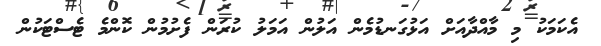
އެކަމަކު މި މާއްދާއަށް އަޅުގަނޑުމެން އަލުން އަމަލު ކުރަން ފެށުމުން ކޮންމެ ޓެސްޓަކުން